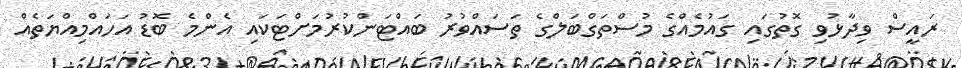
ރައީސް ވިދާޅުވި ގޮތުގައި ގައުމެއްގެ މުސްތަގްބަލްގެ ތަސައްވުރު ބައްޓަންކުރުމަށްޓަކައި އެންމެ ބޮޑު އަހައްމިއްޔަތެއް